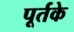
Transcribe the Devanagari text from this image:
पूर्तके